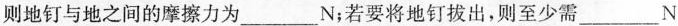
则地钉与地之间的摩擦力为___N；若要将地钉拔出，则至少需___N